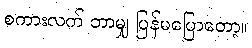
စကားလက် ဘာမျှ ပြန်မပြောတော့။